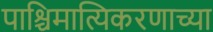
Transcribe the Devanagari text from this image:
पाश्चिमात्यिकरणाच्या